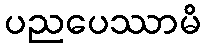
ပညပေဿာမိ